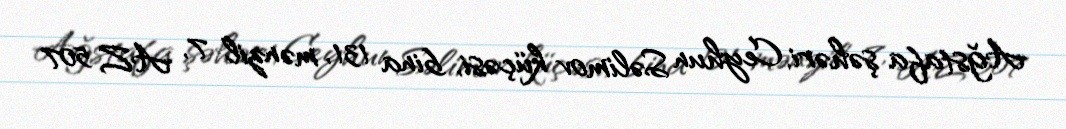
Ağstafa şəhəri, Ceyhun Səlimov küçəsi, bina 131, mənzil 7, AZ 507